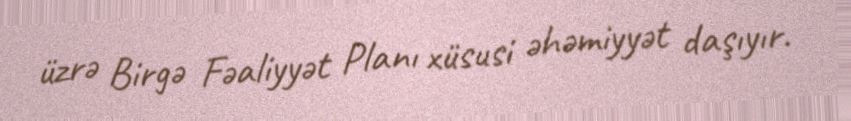
üzrə Birgə Fəaliyyət Planı xüsusi əhəmiyyət daşıyır.